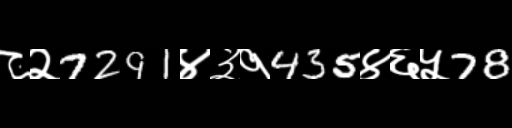
Text: ८२7291४३१435४६५78